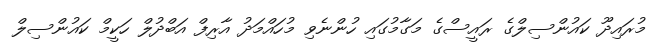
މުރައިދޫ ކައުންސިލްގެ ރައީސްގެ މަގާމުގައި ހުންނެވި މުހައްމަދު އާރިފް އަބްދުލް ހަކީމް ކައުންސިލް